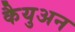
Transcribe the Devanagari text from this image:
कैयुअन